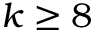
k \ge 8